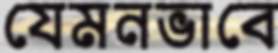
যেমনভাবে